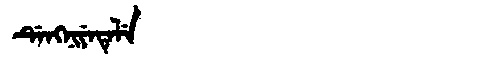
Manchu: ᡩᡝᠩᠨᡳᠶᡝᡨᡝᠯᡝ
Romanization: DENGNIYETELE